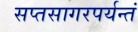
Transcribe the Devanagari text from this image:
सप्तसागरपर्यन्तं